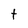
Character: t